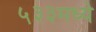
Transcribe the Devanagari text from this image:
५३३मध्ये